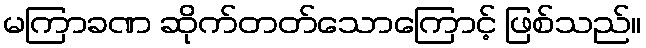
မကြာခဏ ဆိုက်တတ်သောကြောင့် ဖြစ်သည်။